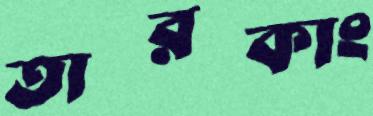
তারকাং